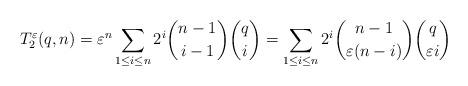
LaTeX: \begin{align*} T_2^\varepsilon(q,n) = \varepsilon^n\sum_{1 \leq i \leq n} 2^i \binom{n-1}{i-1}\binom{q}{i} = \sum_{1 \leq i \leq n} 2^i \binom{n-1}{\varepsilon(n-i)}\binom{q}{\varepsilon i} \end{align*}